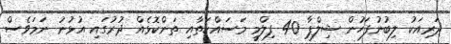
ދަރިއަކު ލިބުނުފަހުން ޝިލްޕާ 40 ފިލްމީ މަސައްކަތާއި ތަންކޮޅެއް ދުރުގައި އުޅުނު ނަމަވެސް